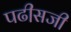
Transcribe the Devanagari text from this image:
पढी़सजी